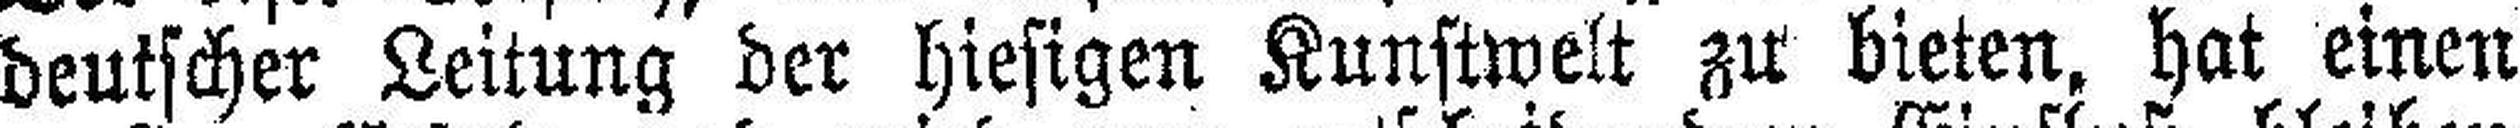
deutscher Leitung der hiesigen Kunstwelt zu bieten, hat einen